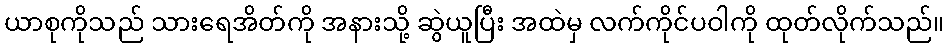
ယာစုကိုသည် သားရေအိတ်ကို အနားသို့ ဆွဲယူပြီး အထဲမှ လက်ကိုင်ပဝါကို ထုတ်လိုက်သည်။